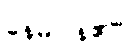
နေမိပြန်၏။